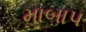
માબાપ